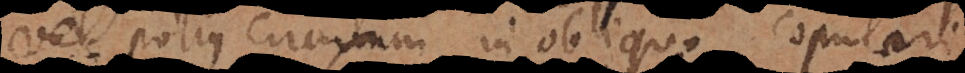
potius circulum in obliquo copulari